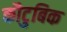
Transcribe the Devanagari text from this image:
कौटुबिक